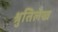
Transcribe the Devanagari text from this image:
श्रुतिलेख